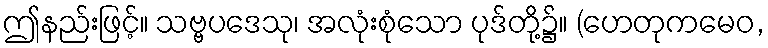
ဤနည်းဖြင့်။ သဗ္ဗပဒေသု၊ အလုံးစုံသော ပုဒ်တို့၌။ (ဟေတုကမေဝ,